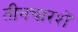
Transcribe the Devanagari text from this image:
तीनचारशें